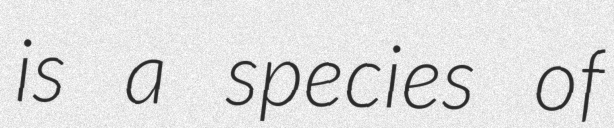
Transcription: is a species of